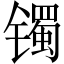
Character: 镯